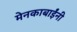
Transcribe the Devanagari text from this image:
मेनकाबाईंनी